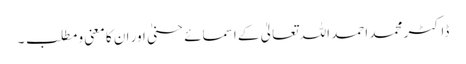
ڈاکٹر محمد احمد اللہ تعالیٰ کے اسمائے حسنیٰ اور ان کا معنی و مطلب ۔